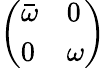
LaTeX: \left(\begin{array}{ll}{\bar{\omega}}&{0}\\ {0}&{\omega}\end{array}\right)